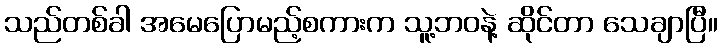
သည်တစ်ခါ အမေပြောမည့်စကားက သူ့ဘဝနဲ့ ဆိုင်တာ သေချာပြီ။